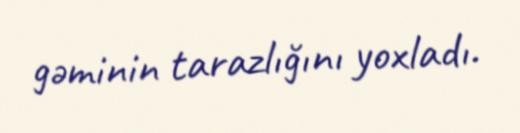
gəminin tarazlığını yoxladı.